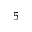
^ { 5 }